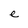
Character: e